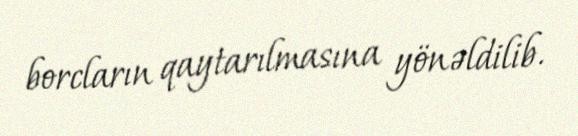
borcların qaytarılmasına yönəldilib.